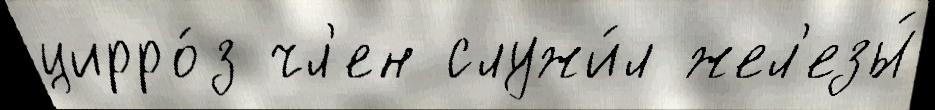
цирро́з чл'ен служи́л жел'езы́